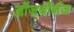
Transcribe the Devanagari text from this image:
ऑजबॉर्नज